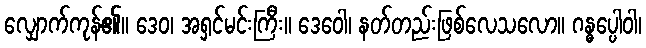
လျှောက်ကုန်၏။ ဒေဝ၊ အရှင်မင်းကြီး။ ဒေဝေါ၊ နတ်တည်းဖြစ်လေသလော။ ဂန္ဓပ္ပေါဝါ၊